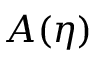
A ( { \boldsymbol { \eta } } )